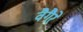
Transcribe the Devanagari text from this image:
वैगैरे